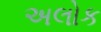
અલોક